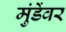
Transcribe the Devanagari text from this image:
मुंडेंवर